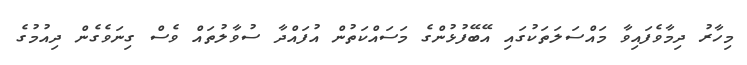
މިހާރު ދިމާވެފައިވާ މައްސަލަތަކުގައި އޭބޭފުޅުންގެ މަސައްކަތުން އުފައްދާ ސުވާލުތައް ވެސް ގިނަވެގެން ދިއުމުގެ